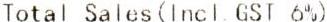
TOTAL SALES(INCL GST 6%)